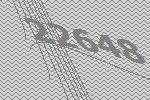
22648